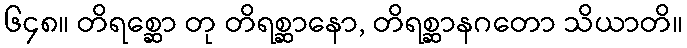
၆၄၈။ တိရစ္ဆော တု တိရစ္ဆာနော, တိရစ္ဆာနဂတော သိယာတိ။